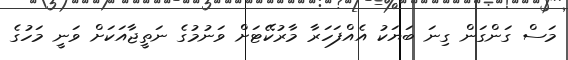
މަސް ގަންގަން ގިނަ ބަޔަކު އެއްފަހަރާ މާރުކޭޓަށް ވަނުމުގެ ނަތީޖާއަކަށް ވަނީ މަހުގެ